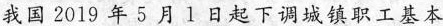
我国2019年5月1日起下调城镇职工基本